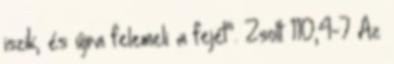
iszik, és újra felemeli a fejét”. Zsolt 110,4-7 Az